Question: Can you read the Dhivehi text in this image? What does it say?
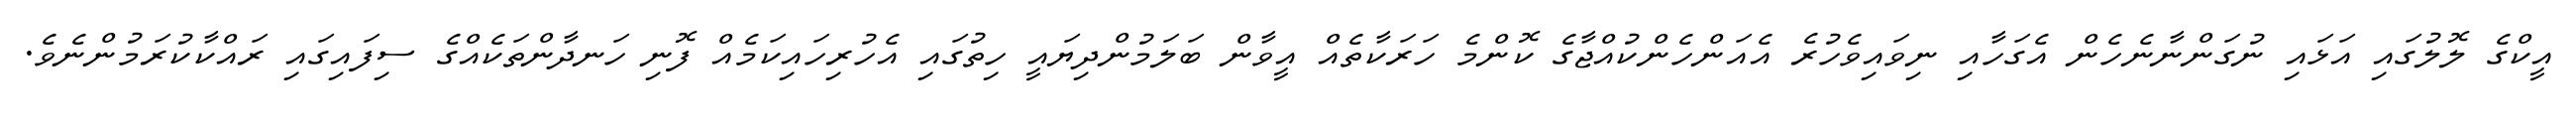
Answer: އީކްގެ ލޮލުގައި އަޅައި ނުގަންނާނެހެން އެގަހާއި ނިވައިވެހުރެ އެއަންހެންކުއްޖާގެ ކޮންމެ ހަރަކާތެއް އީވާން ބަލަމުންދިޔައީ ހިތުގައި އެހުރިހައިކަމެއް ފޮނި ހަނދާންތަކެއްގެ ސިފައިގައި ރައްކާކުރަމުންނެވެ.